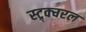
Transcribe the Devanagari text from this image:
स्ट्र्क्चरल